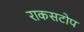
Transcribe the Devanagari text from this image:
राकसटोप